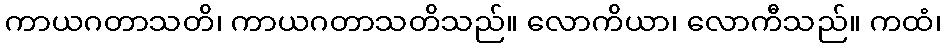
ကာယဂတာသတိ၊ ကာယဂတာသတိသည်။ လောကိယာ၊ လောကီသည်။ ကထံ၊